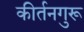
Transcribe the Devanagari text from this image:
कीर्तनगुरू